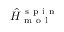
\hat { H } _ { \mathrm { ~ m ~ o ~ l ~ } } ^ { \mathrm { ~ s ~ p ~ i ~ n ~ } }